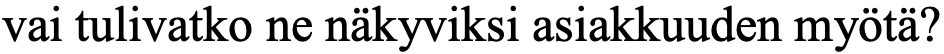
vai tulivatko ne näkyviksi asiakkuuden myötä?